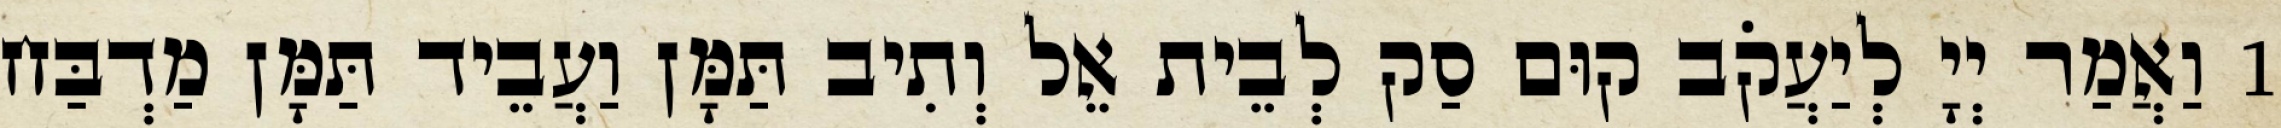
1 וַאֲמַר יְיָ לְיַעֲקֹב קוּם סַק לְבֵית אֵל וְתִיב תַּמָּן וַעֲבֵיד תַּמָּן מַדְבַּח